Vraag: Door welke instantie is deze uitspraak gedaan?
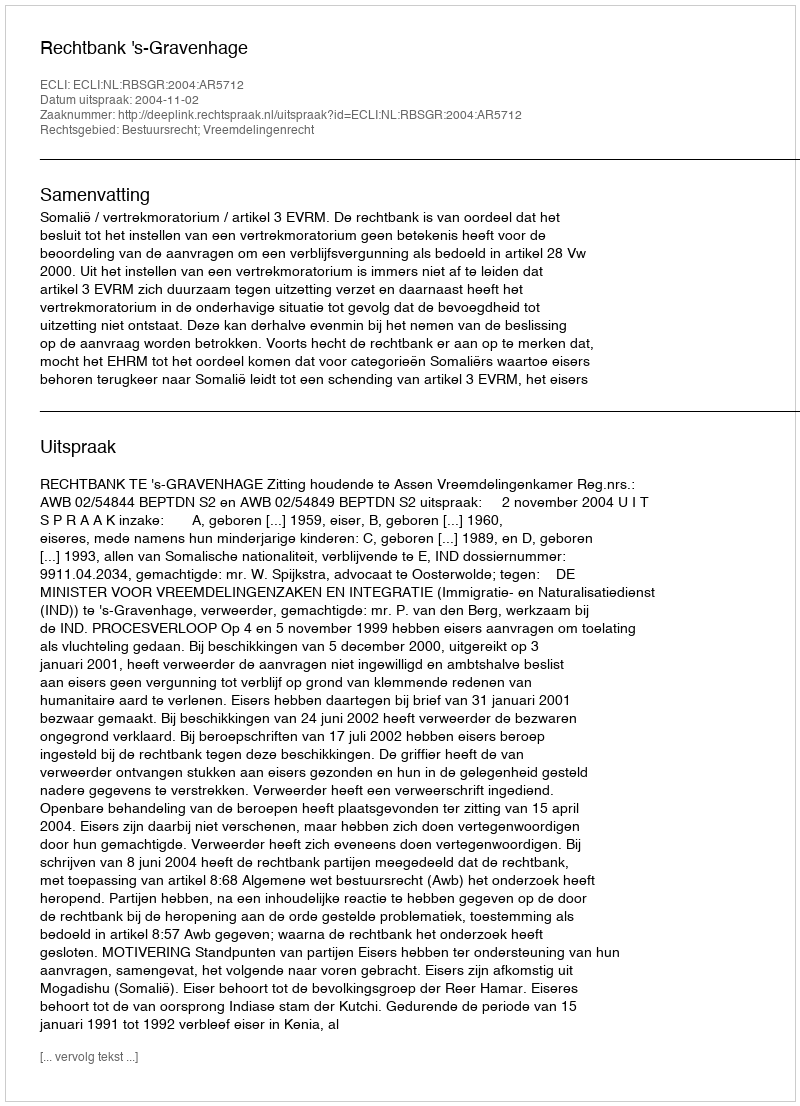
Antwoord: Rechtbank 's-Gravenhage